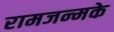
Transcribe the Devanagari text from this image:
रामजन्मके